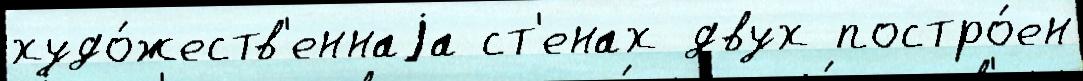
худо́жеств'еннаjа ст'енах двух постро́ен